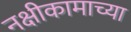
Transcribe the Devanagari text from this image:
नक्षीकामाच्या